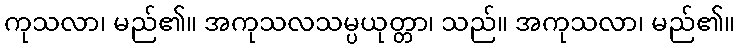
ကုသလာ၊ မည်၏။ အကုသလသမ္ပယုတ္တာ၊ သည်။ အကုသလာ၊ မည်၏။